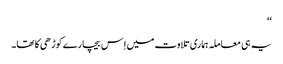
‘‘
یہ ہی معاملہ ہماری تلاوت میں اِس بیچارے کوڑھی کا تھا۔